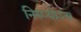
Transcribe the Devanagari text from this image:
निरुप्योऽयं